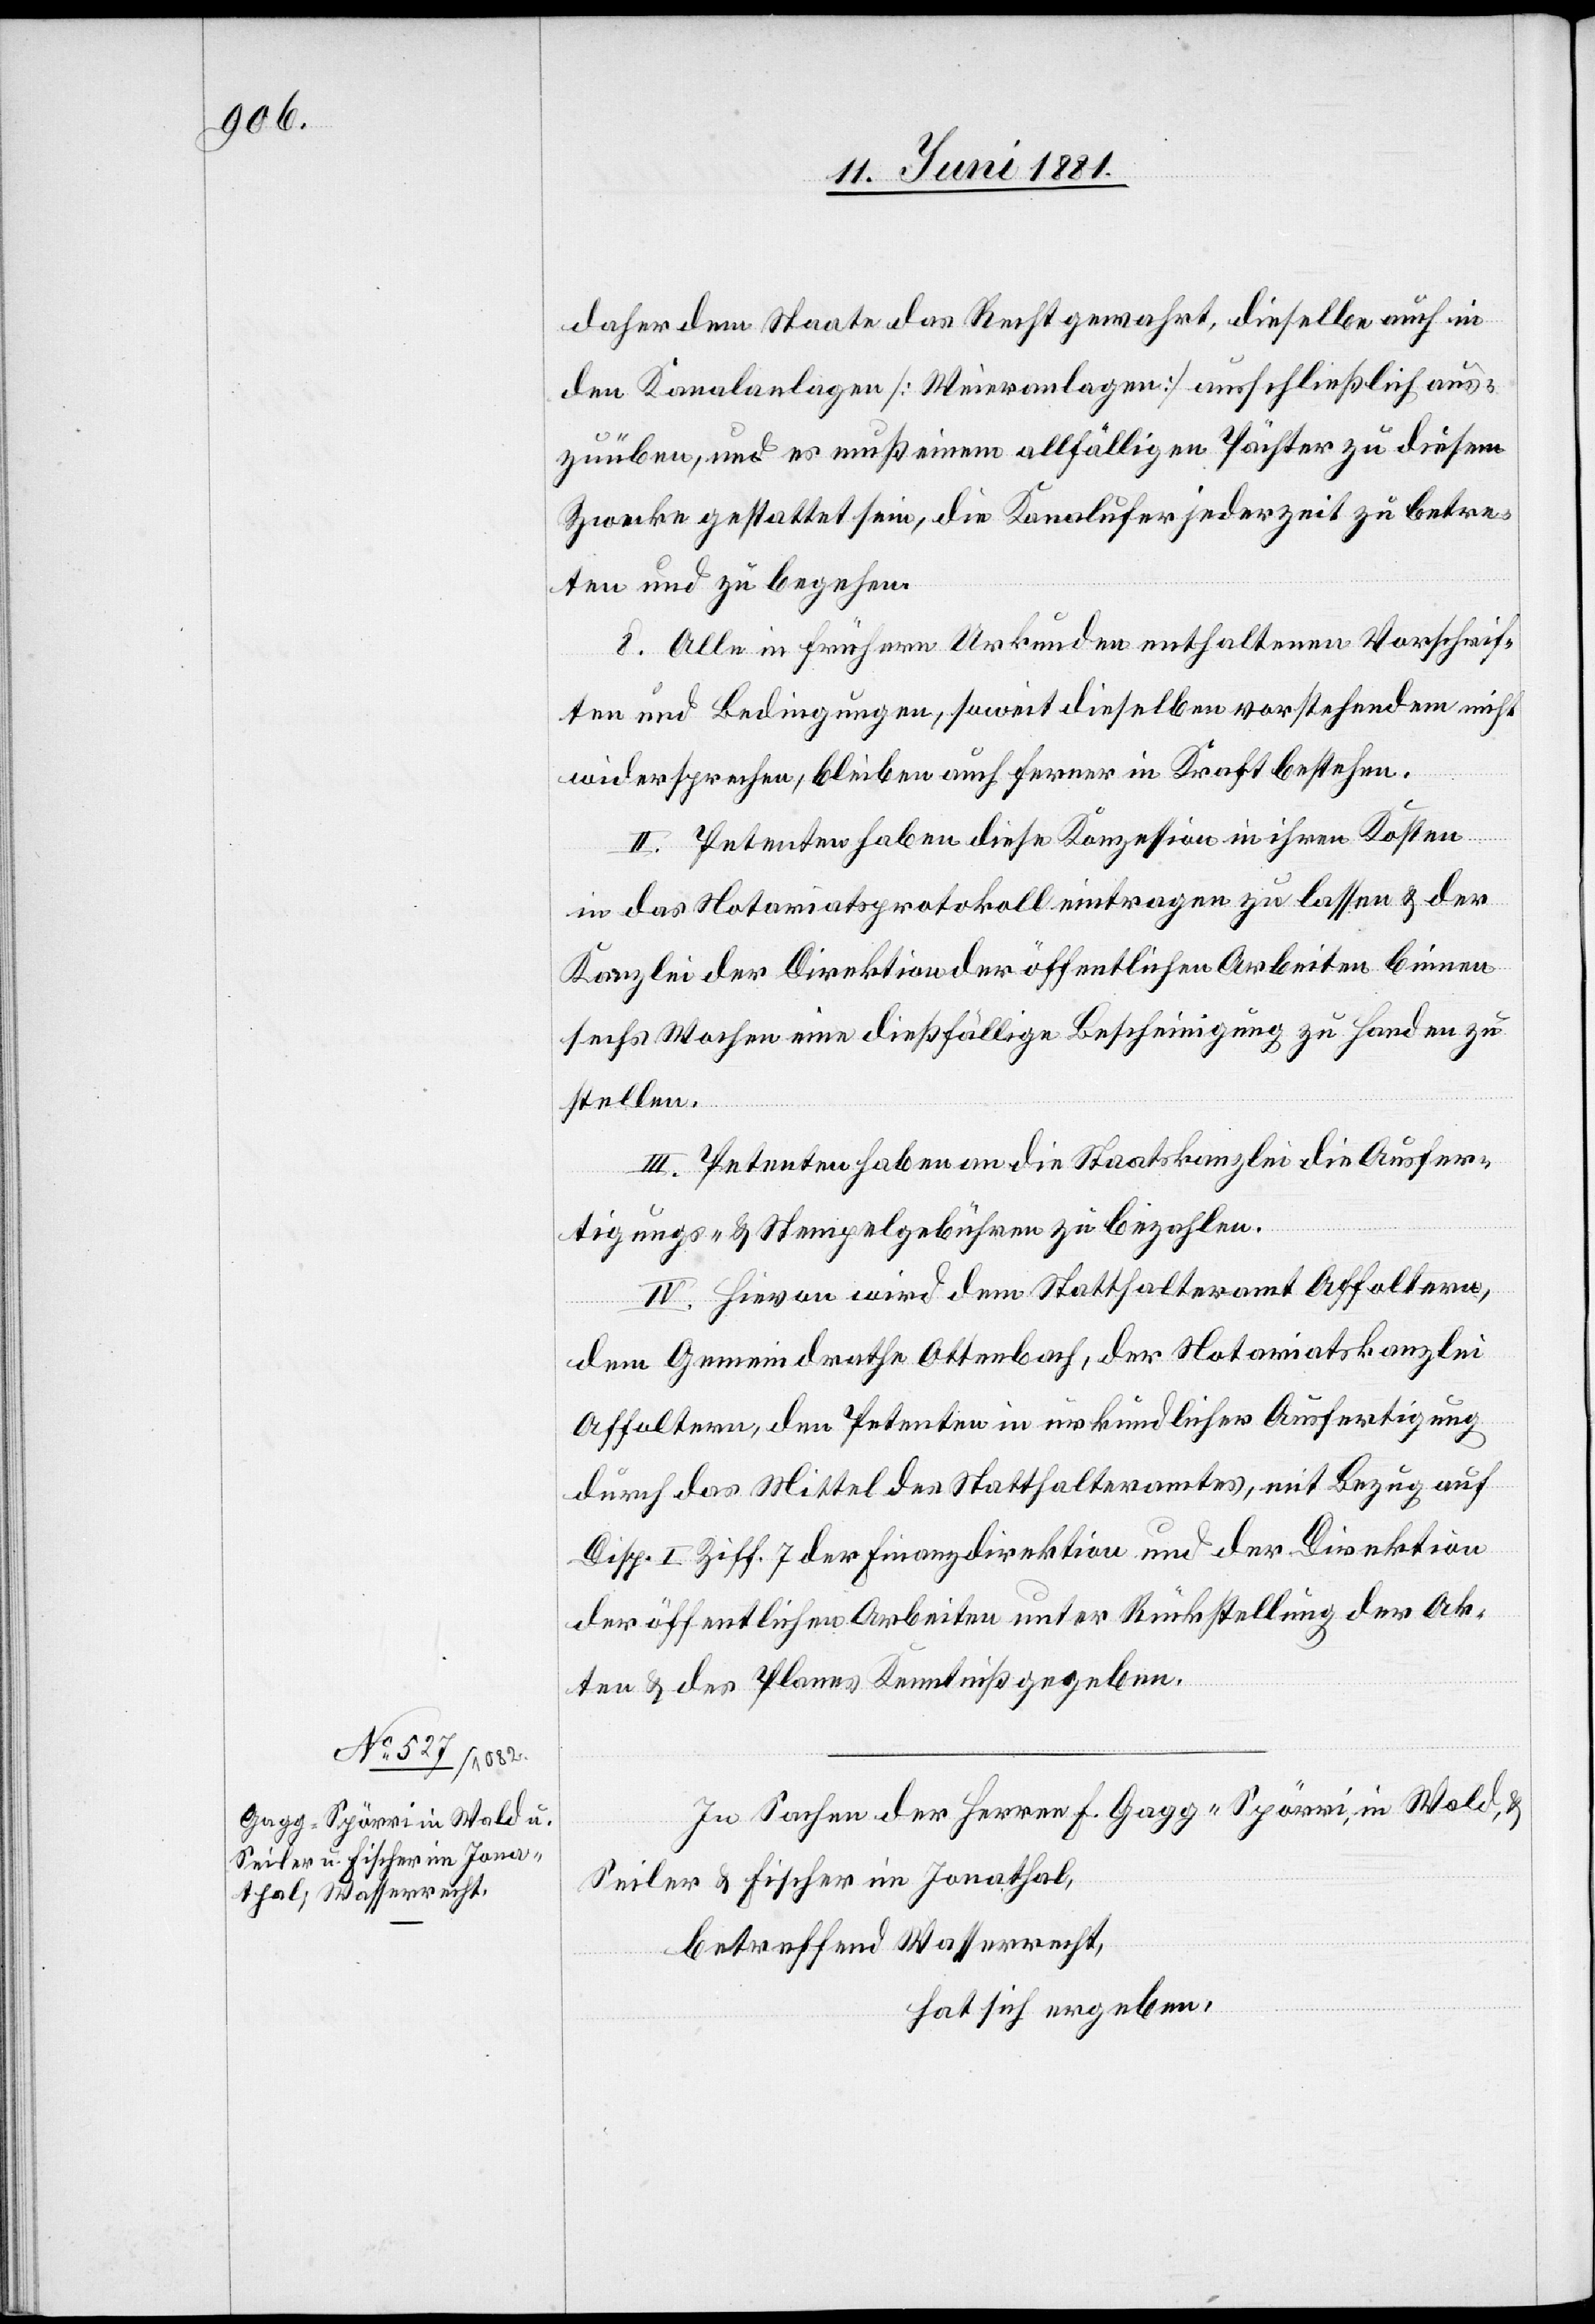
daher dem Staate das Recht gewahrt, dieselbe auch in
den Kanalanlagen [Weieranlagen] ausschließlich aus¬
zuüben, und es muß einem allfälligen Pächter zu diesem
Zwecke gestattet sein, die Kanalufer jederzeit zu betre¬
ten und zu begehen.
8. Alle in frühern Urkunden enthaltenen Vorschrif¬
ten und Bedingungen, sowie dieselben vorstehenden nicht
wiedersprechen, bleiben auch ferner in Kraft bestehen.
II. Petenten haben diese Konzession in ihren Kosten
in das Notariatsprotokoll eintragen zu lassen & der
Kanzlei der Direktion der öffentlichen Arbeiten binnen
sechs Wochen eine dießfällige Bescheinigung zu Handen zu
stellen.
III. Petenten haben an die Staatskanzlei die Ausfer¬
tigungs- & Stempelgebühren zu bezahlen.
IV. Hievon wird dem Statthalteramt Affoltern,
dem Gemeindrathe Ottenbach, der Notariatskanzlei
Affoltern, den Petenten in urkundlicher Ausfertigung
durch das Mittel des Statthalteramtes, mit Bezug auf
Disp. I Ziff. 7 der Finanzdirektion und der Direktion
der öffentlichen Arbeiten unter Rückstellung der Ak¬
ten & des Planes Kenntniß zu geben.